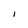
Character: I